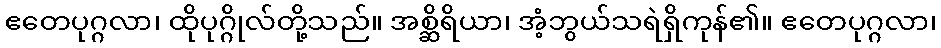
ဧတေပုဂ္ဂလာ၊ ထိုပုဂ္ဂိုလ်တို့သည်။ အစ္ဆိရိယာ၊ အံ့ဘွယ်သရဲရှိကုန်၏။ ဧတေပုဂ္ဂလာ၊